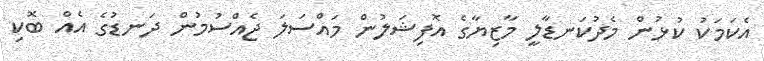
އެކަމަކު ކުޅުން މެދުކަނޑާލީ މާޒިޔާގެ އޮފިޝަލުން މައްސަލަ ޖެއްސުމުން ދަނޑުގެ އެއް ބޮކި